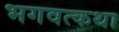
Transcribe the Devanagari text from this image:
भगवत्कथा